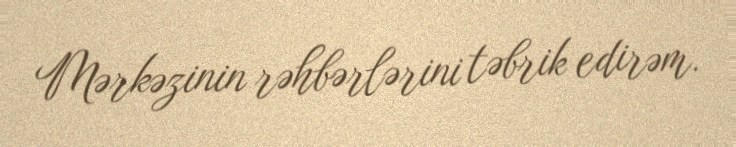
Mərkəzinin rəhbərlərini təbrik edirəm.